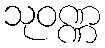
သုဝဏ္ဏ